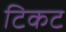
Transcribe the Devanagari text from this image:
टिकट